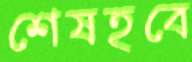
শেষহবে